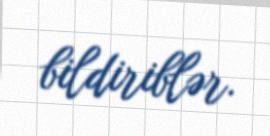
bildiriblər.